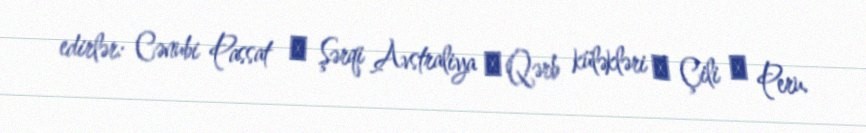
edirlər: Cənubi Passat → Şərqi Avstraliya → Qərb küləkləri → Çili → Peru.